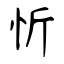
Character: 忻